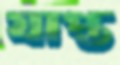
যাপ্ত